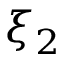
\xi _ { 2 }